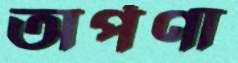
অর্পণা